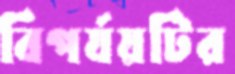
বিপর্যয়টির